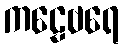
ကဠေဗရေ